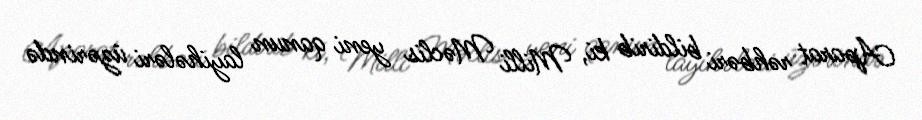
Aparat rəhbəri bildirib ki, Milli Məclis yeni qanun layihələri üzərində